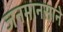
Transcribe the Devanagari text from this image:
जनमानसाने